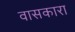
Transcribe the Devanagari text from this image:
वासकारा